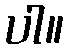
ပါ။